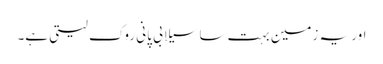
اور یہ زمین بہت سا سیلابی پانی روک لیتی ہے۔